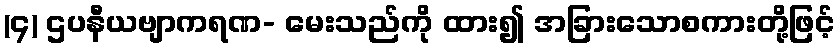
(၄) ဌပနီယဗျာကရဏ- မေးသည်ကို ထား၍ အခြားသောစကားတို့ဖြင့်